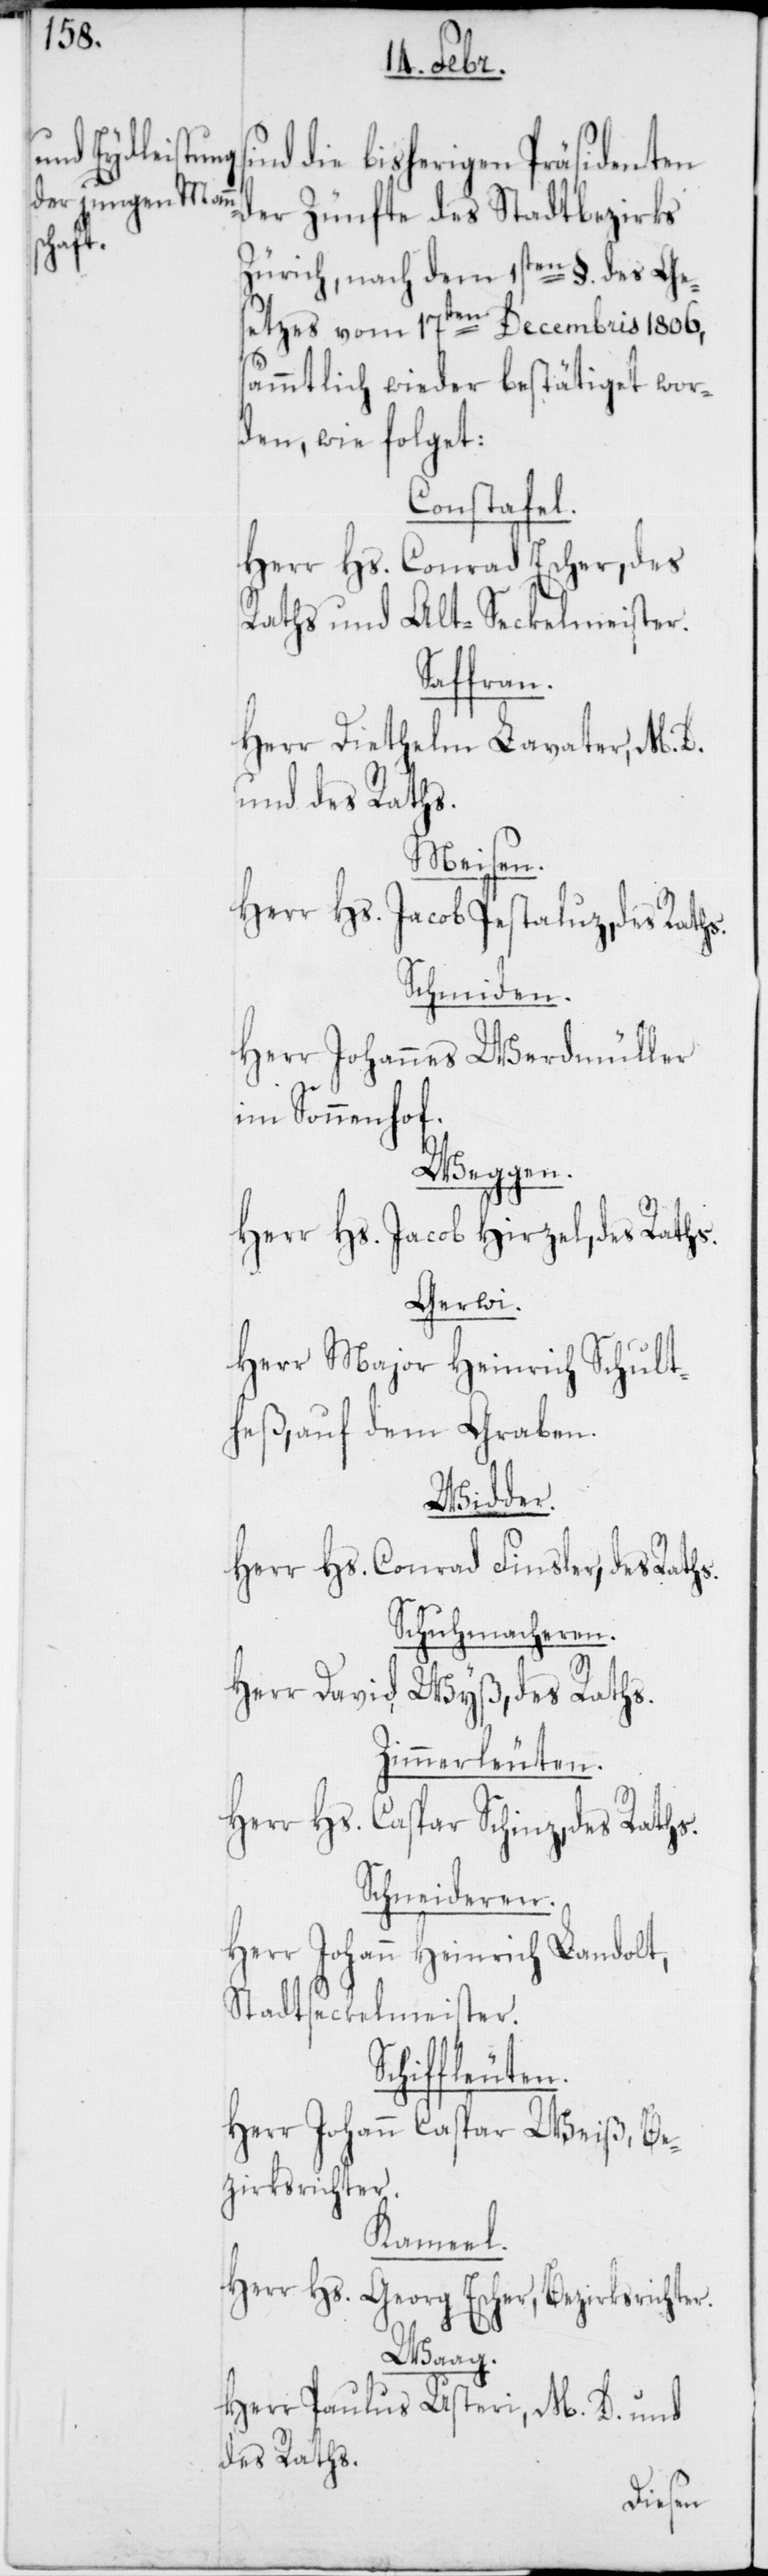
die bisherigen Präsidenten
der Zünfte des Stadtbezirks
Zürich, nach dem 1sten §. des Ges¬
etzes vom 17ten Decembris 1806,
sämmtlich wieder bestätiget wor¬
den, wie folget:
Constafel.
Herr Hs. Conrad Escher, des
Raths und Alt-Seckelmeister.
Herr Diethelm Lavater, M.
und des Raths.
Meisen.
Herr Hs. Jacob Pestaluz, des Raths.
Schmieden.
Herr Johannes Werdmüller,
im Sonnenhof.
Weggen.
Herr Hs. Jacob Hirzel, des Raths.
Gerwi.
Herr Major Heinrich Schult¬
heß, auf dem Graben.
Widder.
Herr Hs. Conrad Finsler, des Raths.
Schuhmacheren.
Herr David Wyß, des Raths.
Zimmerleuten.
Herr Hs. Caspar Schinz, des Raths.
Schneideren.
Herr Johann Heinrich Landolt,
Stadtseckelmeister.
Schiffleuten.
Herr Johann Caspar Weiß, Be¬
zirksrichter.
Kamel.
Herr Hs. Georg Escher, Bezirksrichter.
Waag.
Herr Paulus Usteri, M. D. und
des Raths.